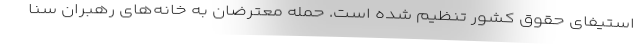
استیفای حقوق کشور تنظیم شده است. حمله معترضان به خانه‌های رهبران سنا